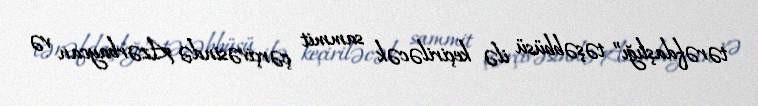
tərəfdaşlığı” təşəbbüsü ilə keçiriləcək sammit çərçivəsində Azərbaycan və